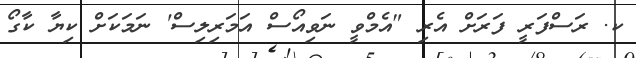
ކ. ރަސްފަރީ ފަރަށް އެރި "އެމްވީ ނަވިއޯސް އަމަރިލިސް' ނަމަކަށް ކިޔާ ކާގޯ